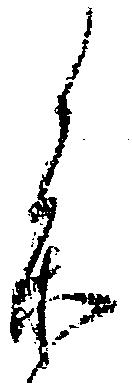
参